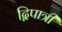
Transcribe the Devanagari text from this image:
द्विपात्री